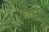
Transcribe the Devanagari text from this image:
ओज़ि